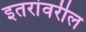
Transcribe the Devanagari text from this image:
इतरांवरील